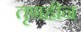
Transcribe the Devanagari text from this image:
तृणहीन